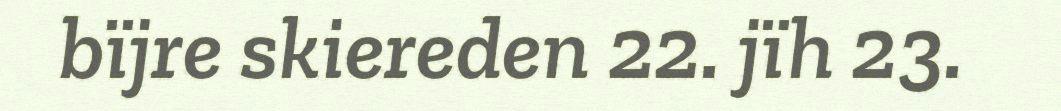
bïjre skiereden 22. jïh 23.